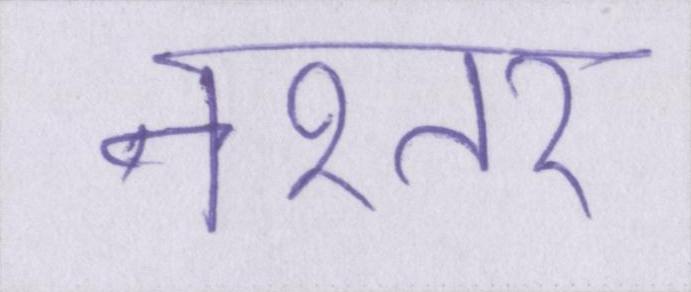
नश्तर